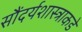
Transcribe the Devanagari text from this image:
सौंदर्यशास्त्राकडे